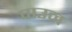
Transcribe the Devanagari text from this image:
पाउन